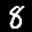
Label: 8